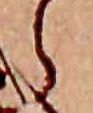
ら